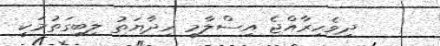
ދިވެހިރާއްޖެ އިސްލާމީ ހިދާޔަތު ލިބިގަތުމަކީ